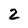
Character: 2